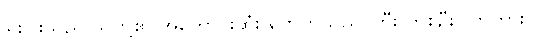
ရှူးဂါးသည် သူတို့၏ အကောင်းဆုံး ဖောက်သည် ကြီး တစ်ဦးပါတကား။